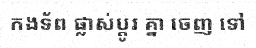
កងទ័ព ផ្លាស់ប្តូរ គ្នា ចេញ ទៅ